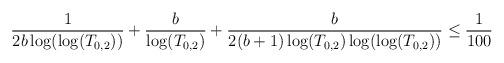
LaTeX: \begin{align*}&\frac{1}{2 b \log(\log(T_{0,2}))}+\frac{b}{\log(T_{0,2})}+\frac{b}{2(b+1)\log(T_{0,2})\log(\log(T_{0,2}))} \leq \frac{1}{100}\end{align*}